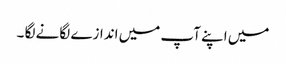
میں اپنے آپ میں اندازے لگانے لگا ۔